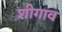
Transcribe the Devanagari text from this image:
शीगाव